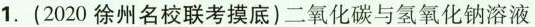
1.(2020徐州名校联考摸底)二氧化碳与氢氧化钠溶液